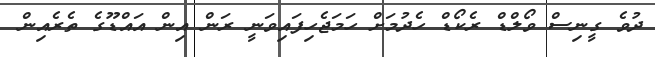
ދުވެ ގީނިސް ވޯލްޑް ރެކޯޑް ހެދުމަށް ހަމަޖެހިފައިވަނީ ރަން އިން އައްޑޫގެ ތެރެއިން